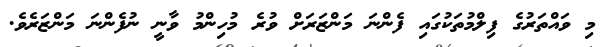
މި ވައްތަރުގެ ފިލްމުތަކުގައި ފެންނަ މަންޒަރަށް ވުރެ މުހިންމު ވާނީ ނުފެންނަ މަންޒަރެވެ.